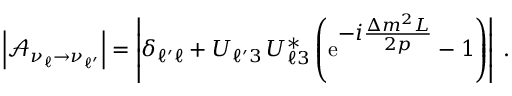
\left| \mathcal { A } _ { \nu _ { \ell } \to \nu _ { \ell ^ { \prime } } } \right| = \left| \delta _ { { \ell ^ { \prime } } { \ell } } + U _ { { \ell ^ { \prime } } 3 } \, U _ { { \ell } 3 } ^ { * } \left( \mathrm { e } ^ { \textstyle - i \frac { \Delta { m } ^ { 2 } L } { 2 p } } - 1 \right) \right| \; .